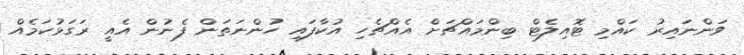
ވަންނައިރު ކައްމި ޓޮއިލެޓް ބިންމައްޗަށް އެއްޗެހި އުކާފައި ހުންނަތަން ފެނުން އެއީ ރަގަޅުކަމެއް